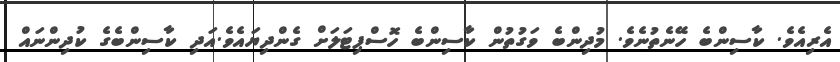
އެރިއެވެ. ކާސިންބެ ހޭނެތުނެވެ. މުދިންބެ ވަގުތުން ކާސިންބެ ހޮސްޕިޓަލަށް ގެންދިޔައެވެ.އަދި ކާސިންބެގެ ކުދިންނައް